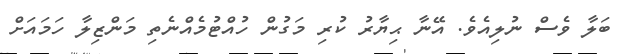
ބަލާ ވެސް ނުލިއެވެ. އޭނާ ޙިޔާރު ކުރި މަގުން ހުއްޓުމެއްނެތި މަންޒިލާ ހަމައަށް